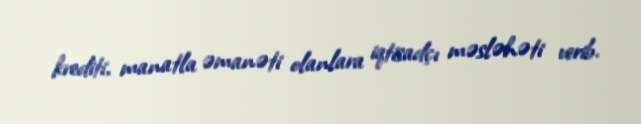
krediti, manatla əmanəti olanlara iqtisadçı məsləhəti verib.